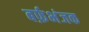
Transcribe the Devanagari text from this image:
बर्फ़भंजक